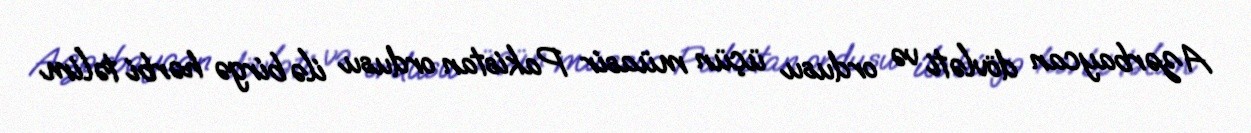
Azərbaycan dövləti və ordusu üçün müasir Pakistan ordusu ilə birgə hərbi təlim